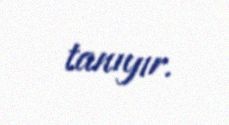
tanıyır.